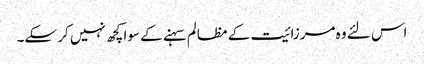
اس لئے وہ مرزائیت کے مظالم سہنے کے سوا کچھ نہیں کر سکے۔